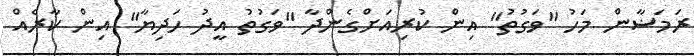
ރަމަޟާން މަހު "ވަގުތު" އިން ކުރިއަށްގެންދާ "ވަގުތު އީދު ހަދިޔާ" އިން ކާރެއް